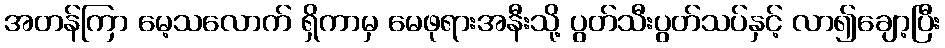
အတန်ကြာ မေ့သလောက် ရှိကာမှ မေဖုရားအနီးသို့ ပွတ်သီးပွတ်သပ်နှင့် လာ၍ချော့ပြီး